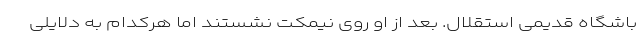
باشگاه قدیمی استقلال. بعد از او روی نیمکت نشستند اما هرکدام به دلایلی